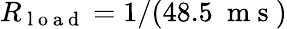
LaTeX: R_{\mathrm{~l~o~a~d~}}=1/(48.5~\mathrm{~m~s~})